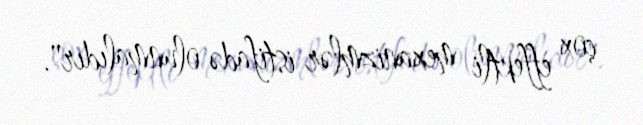
çox effektli mexanizmlər istifadə olunmalıdır".